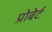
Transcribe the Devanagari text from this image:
प्रोबेर्ट